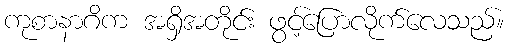
ကုစာနာဂိက အရှိအတိုင်း ဖွင့်ပြောလိုက်လေသည်။